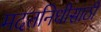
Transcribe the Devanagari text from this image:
मदतनिधीसाठी